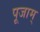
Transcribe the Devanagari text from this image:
पूजाम्